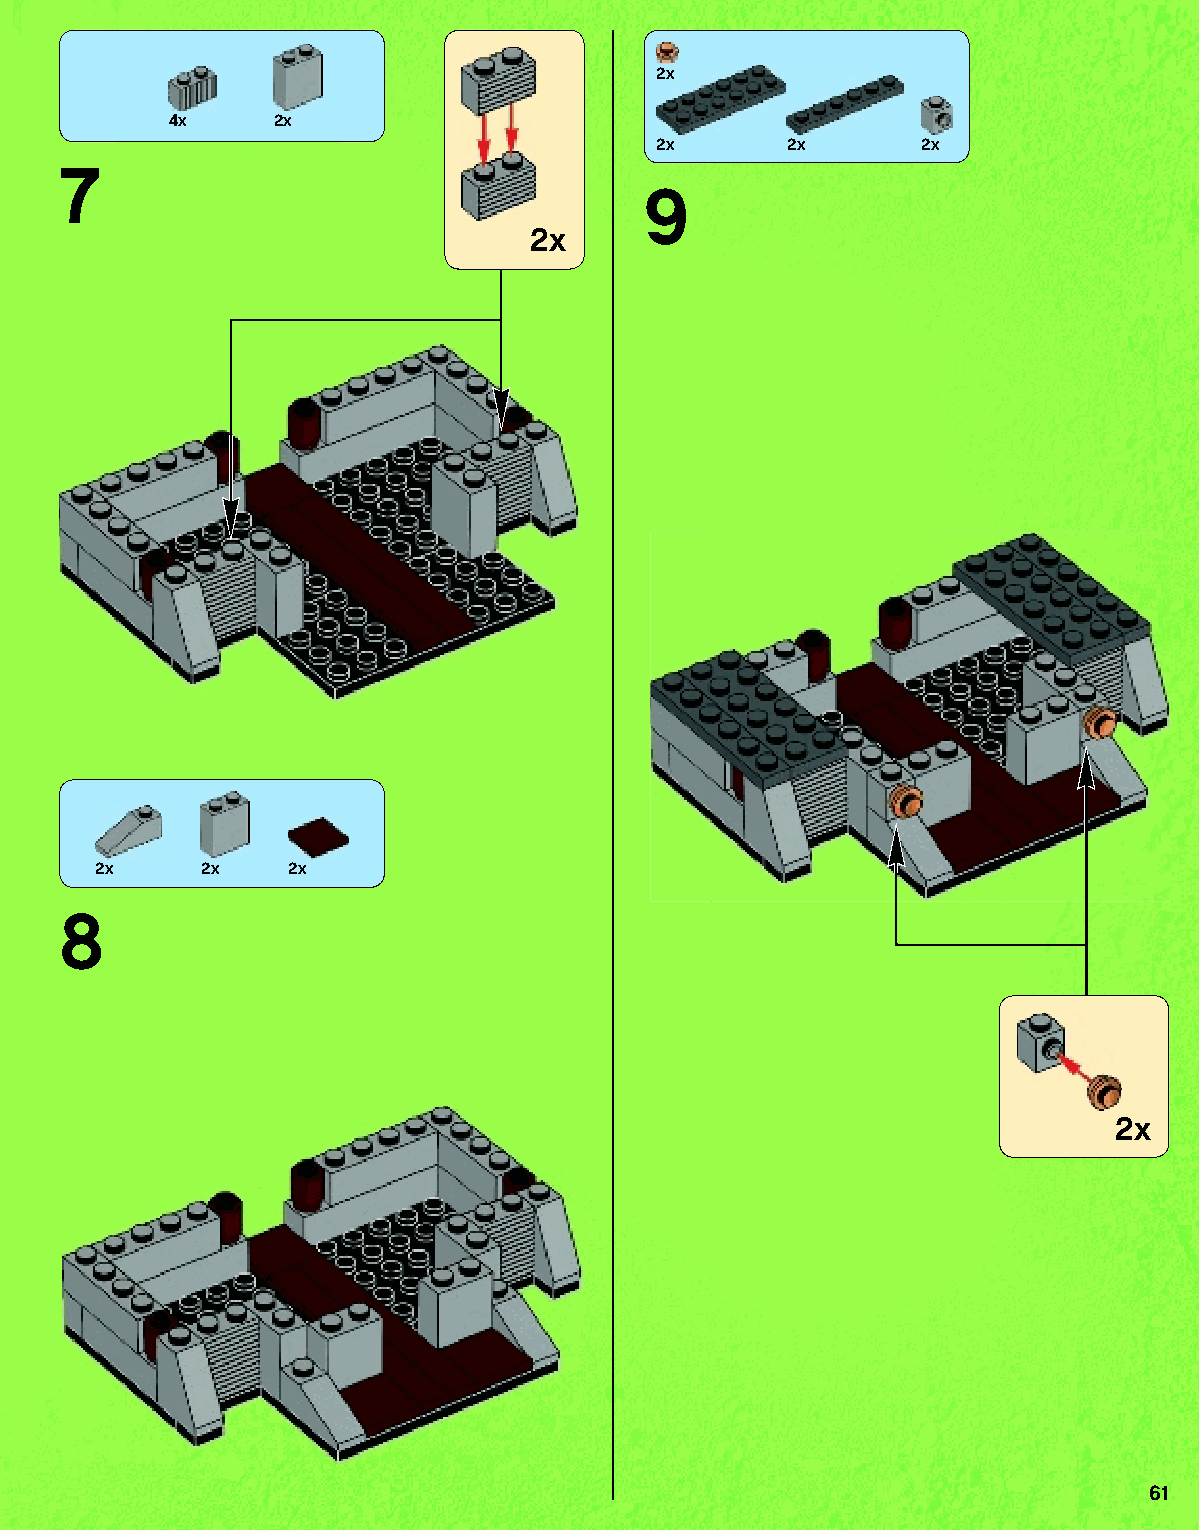
2x
 4x     2x
 2x      2x       2x
 7
 9
 2x
 2x     2x    2x
 8
 2x
 61
 79117_Book1.indd 61                                               01/11/2013 4:35 PM